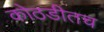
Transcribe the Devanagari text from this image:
कोठडीतच